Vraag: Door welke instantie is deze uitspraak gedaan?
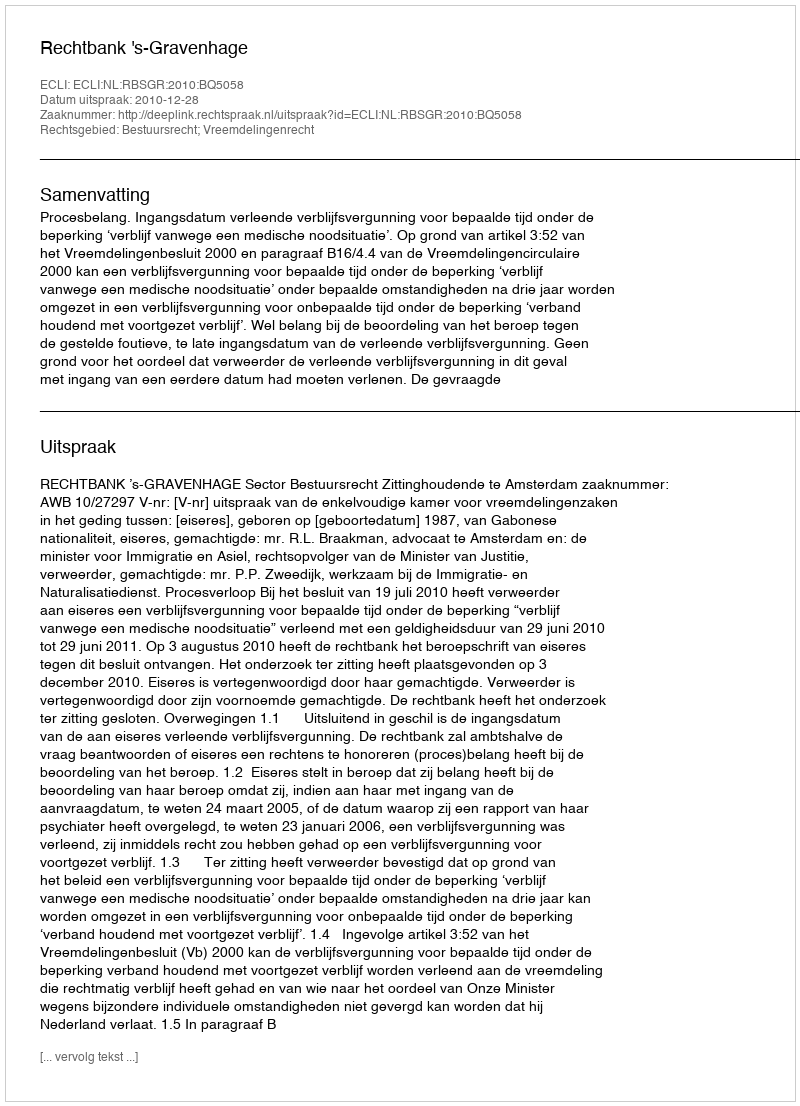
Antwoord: Rechtbank 's-Gravenhage